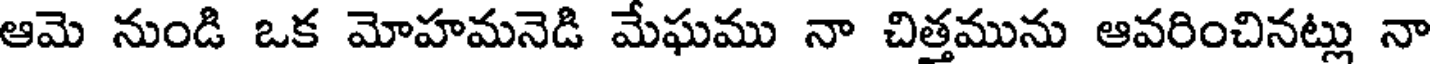
ఆమె నుండి ఒక మోహమనెడి మేఘము నా చిత్తమును ఆవరించినట్లు నా